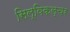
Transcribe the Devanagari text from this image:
सिल्विकल्चर